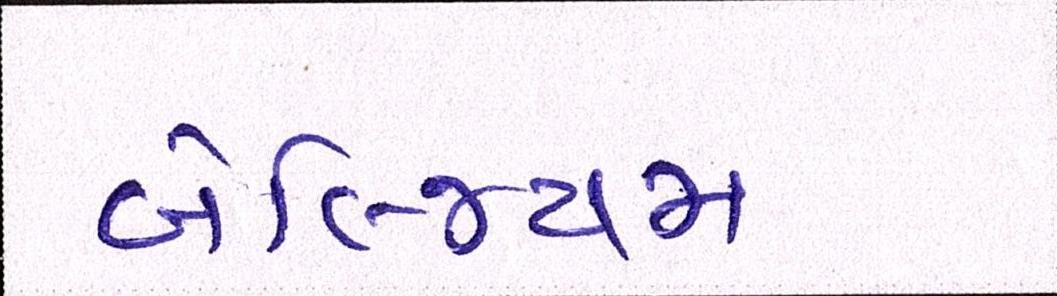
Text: બેલ્જિયમ